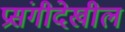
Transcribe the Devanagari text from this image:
प्रसंगीदेखील